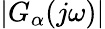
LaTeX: \vert G_{\alpha}(j\omega)\vert